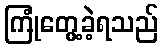
ကြုံတွေ့ခဲ့ရသည်